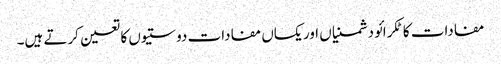
مفادات کا ٹکرائو دشمنیاں اور یکساں مفادات دوستیوں کا تعین کرتے ہیں۔